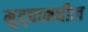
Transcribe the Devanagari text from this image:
मुद्द्यामधील